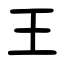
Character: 王